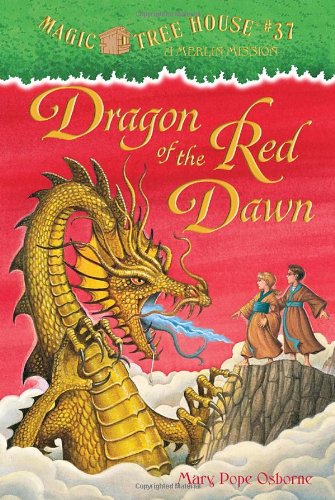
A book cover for Magic Tree House #37: Dragon of the Red Dawn (A Stepping Stone Book(TM)); Mary Pope Osborne; Children's Books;